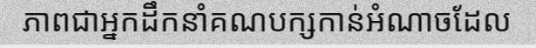
ភាពជាអ្នកដឹកនាំគណបក្សកាន់អំណាចដែល